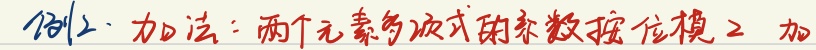
例2. 加法：两个元素多项式的系数按位模2加